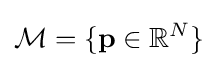
{\mathcal {M}}=\{\mathbf {p} \in \mathbb {R} ^{N}\}